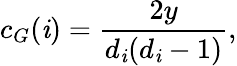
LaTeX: c_{G}(\mathit{i})=\frac{{2y}}{{d_{\mathit{i}}(d_{\mathit{i}}-1)}},